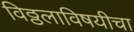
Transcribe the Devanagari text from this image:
विठ्ठलाविषयीचा